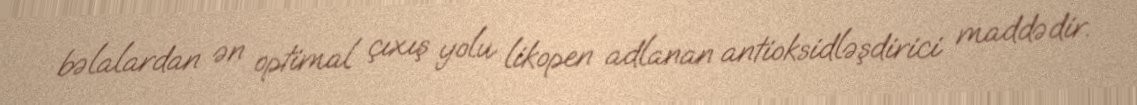
bəlalardan ən optimal çıxış yolu likopen adlanan antioksidləşdirici maddədir.